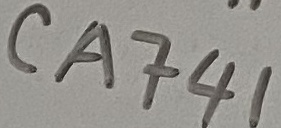
Text: CA741